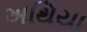
અથિયા